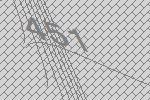
451